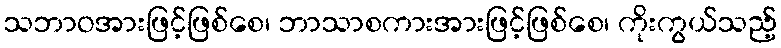
သဘာဝအားဖြင့်ဖြစ်စေ၊ ဘာသာစကားအားဖြင့်ဖြစ်စေ၊ ကိုးကွယ်သည့်